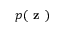
p ( \textbf { z } )